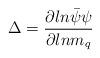
LaTeX: \begin{align*}\Delta={\partial ln \bar\psi\psi \over \partial ln m_q}\end{align*}